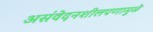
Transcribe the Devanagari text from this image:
असंवेदनशीलपणामुळे